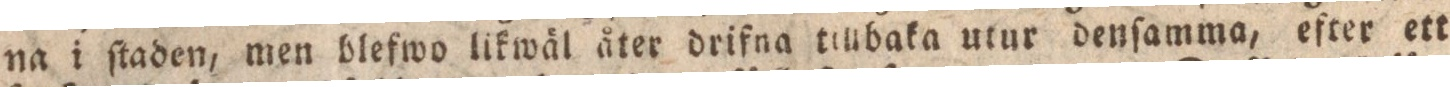
na i ſtaden, men blefwo likwäl åter drifna tillbaka utur denſamma, efter ett